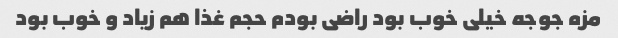
مزه جوجه خیلی خوب بود راضی بودم حجم غذا هم زیاد و خوب بود